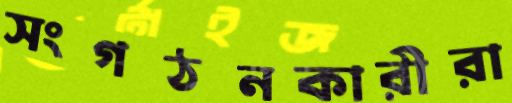
সংগঠনকারীরা